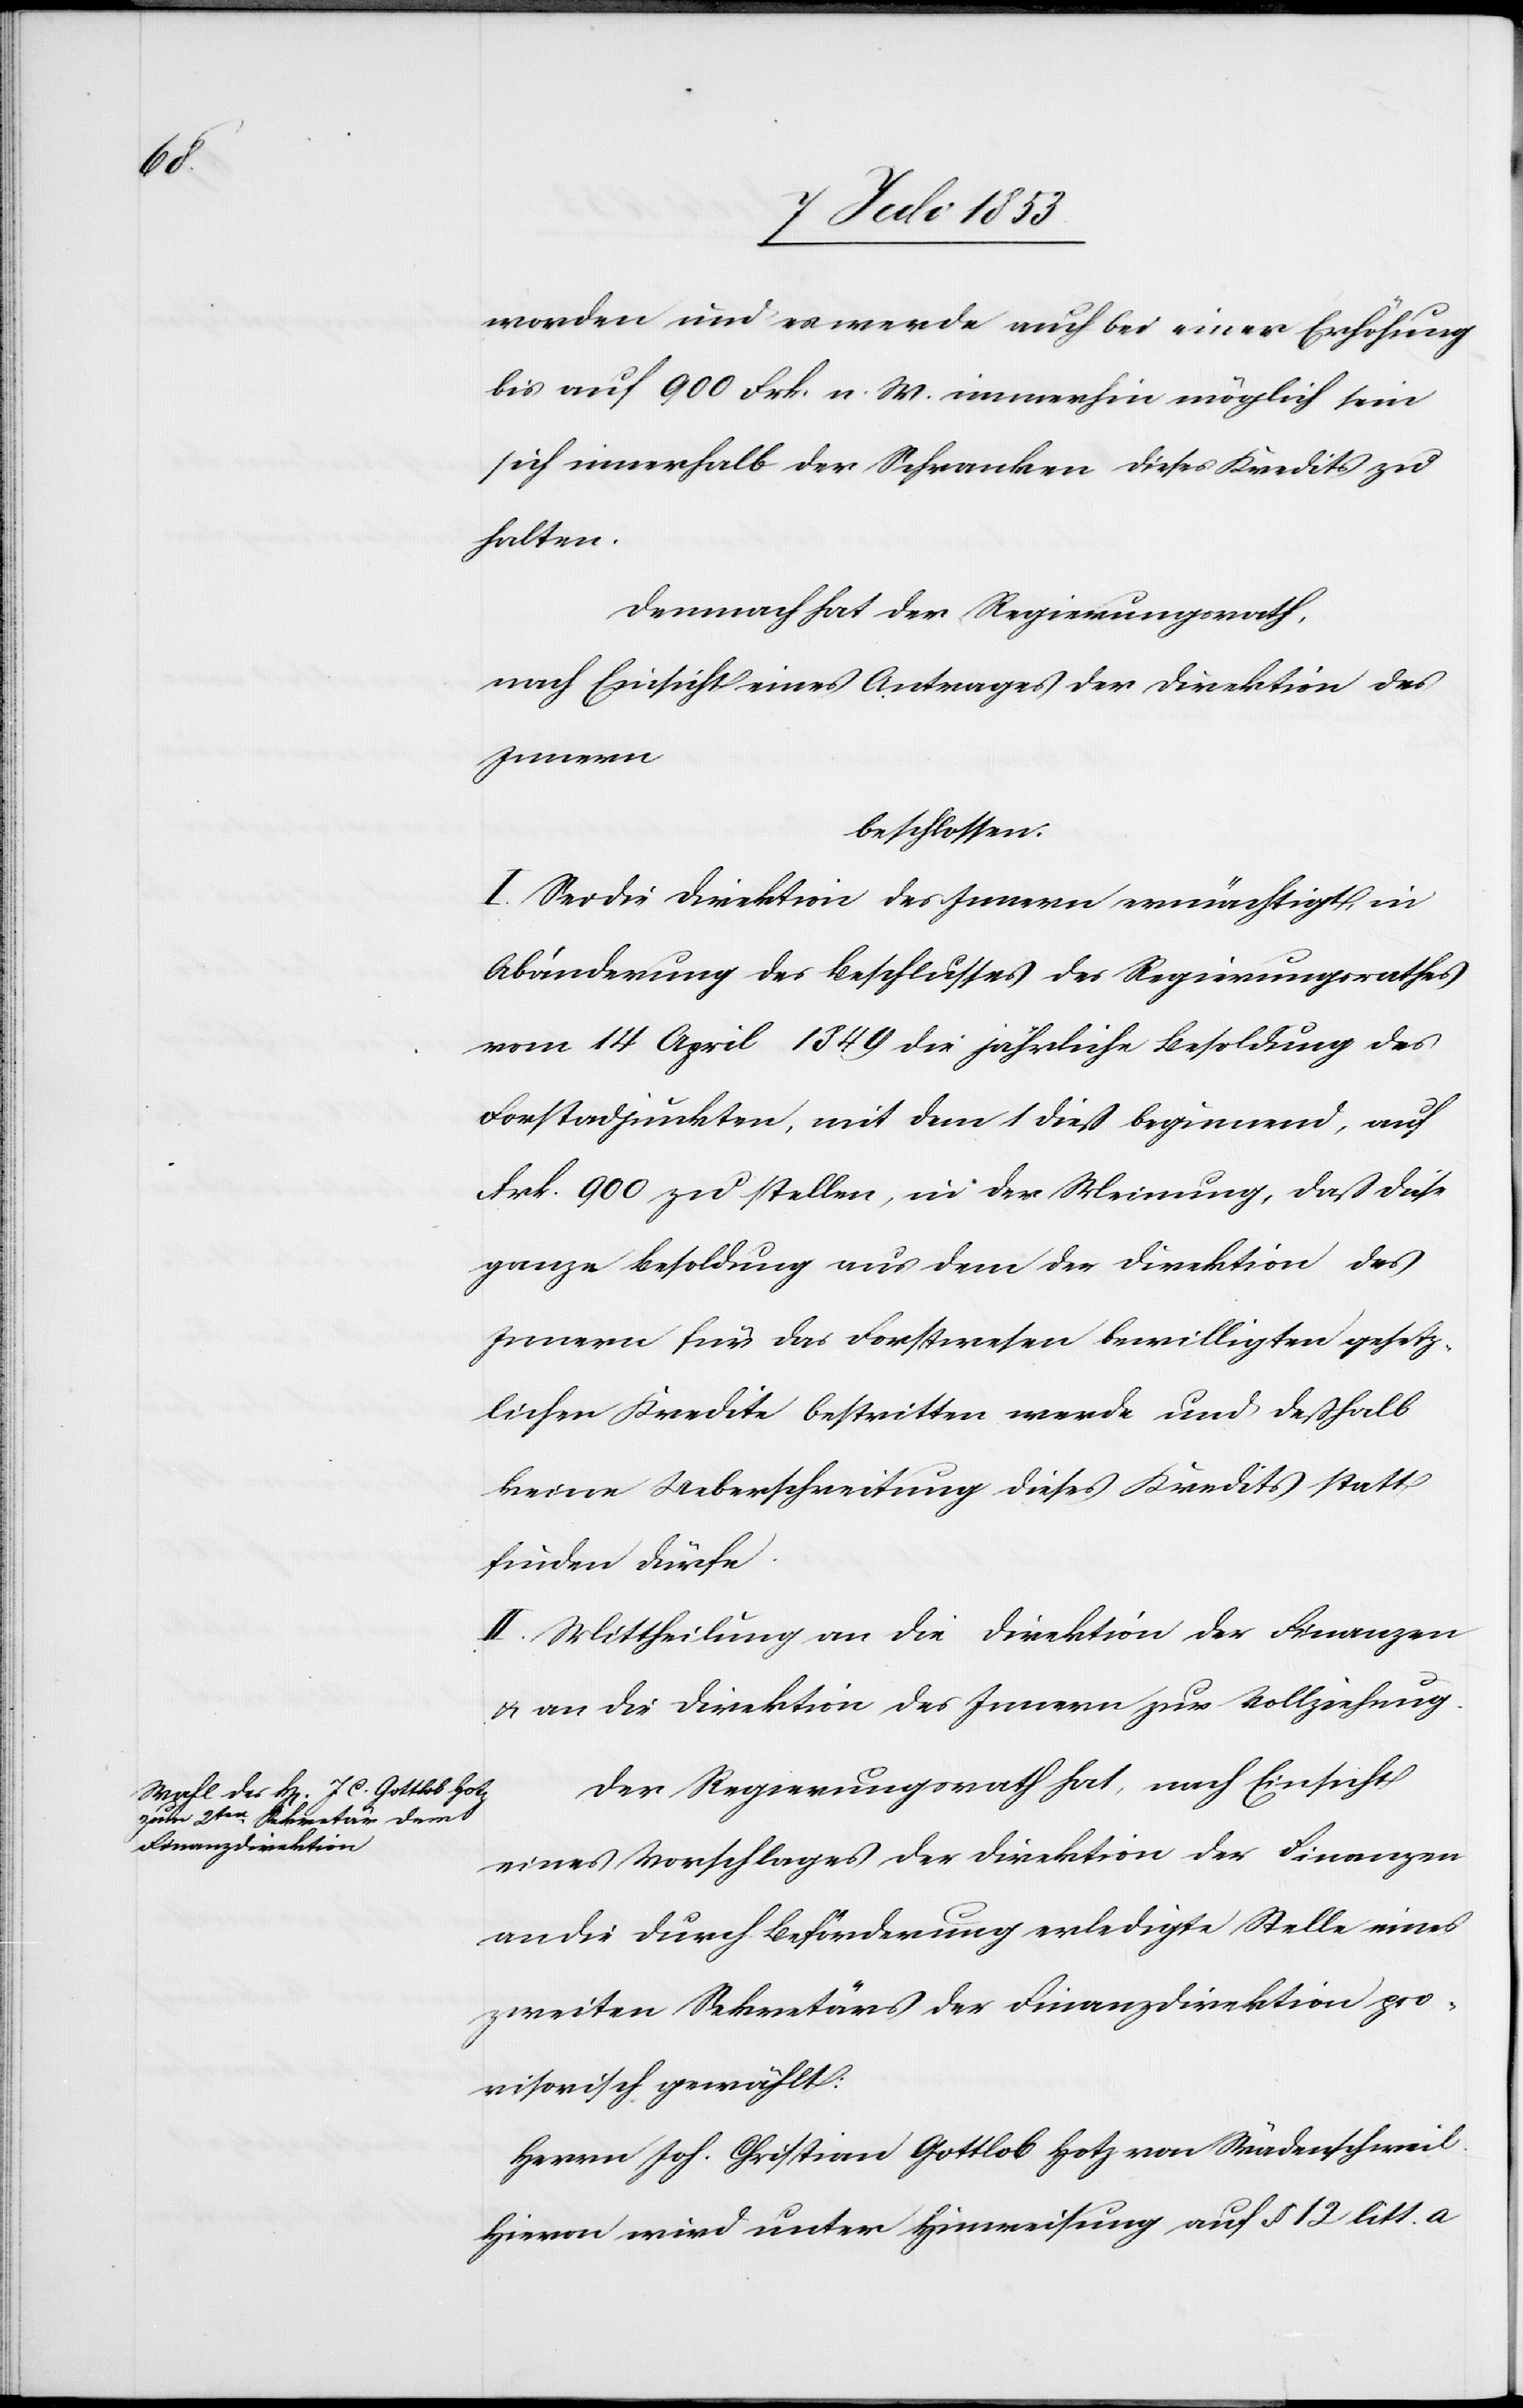
worden und es werde auch bei einer Erhöhung
bis auf 900 Frk. n. W. immerhin möglich sein
sich innerhalb der Schranken dieses Kredits zu
halten.
Demnach hat der Regierungsrath,
nach Einsicht eines Antrages der Direktion des
Innern
beschlossen:
I. Sei die Direktion des Innern ermächtigt in
Abänderung des Beschlusses des Regierungsrathes
vom 14 April 1849 die jährliche Besoldung des
Forstadjunkten, mit dem 1 dieß beginnend, auf
Frk. 900 zu stellen, in der Meinung, daß diese
ganze Besoldung aus dem der Direktion des
Innern für das Forstwesen bewilligten gesetz¬
lichen Kredite bestritten werde und deßhalb
keine Ueberschreitung dieses Kredits statt
finden dürfe.
II. Mittheilung an die Direktion der Finanzen
u. an die Direktion des Innern zur Vollziehung.
Der Regierungsrath hat, nach Einsicht
eines Vorschlages der Direktion der Finanzen
an die durch Beförderung erledigte Stelle eines
zweiten Sekretärs der Finanzdirektion pro¬
visorisch gewählt.
Herrn Joh. Christian Gottlob Hotz von Wädenschweil.
Hievon wird unter Hinweisung auf § 12 litt. a.